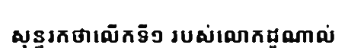
សុន្ទរកថាលើកទី១ របស់លោកដូណាល់